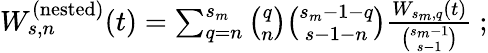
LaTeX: \begin{array}{r}{W_{s,n}^{(\mathrm{nested})}(t)=\sum_{q=n}^{s_{m}}{\binom{q}{n}}{\binom{s_{m}-1-q}{s-1-n}}\frac{W_{s_{m},q}(t)}{{\binom{s_{m}-1}{s-1}}}~;}\end{array}